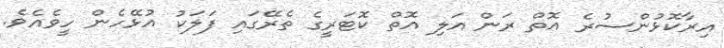
އިރާކޮޅުންސުރެ އޮތް ރަން އަލި އޮތް ކޮޓަރީގެ ތެރޭގައި ފަލަކު އުޅޭހެން ހީވެއެވެ.